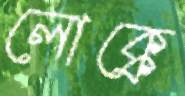
লোক্কে